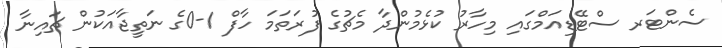
ސެންޓަރ ސްޓޭޑިއަމްގައި މިހާރު ކުޅެމުންދާ މެޗުގެ ފުރަތަމަ ހާފް 1-0ގެ ނަތީޖާއަކުން ޗައިނާ